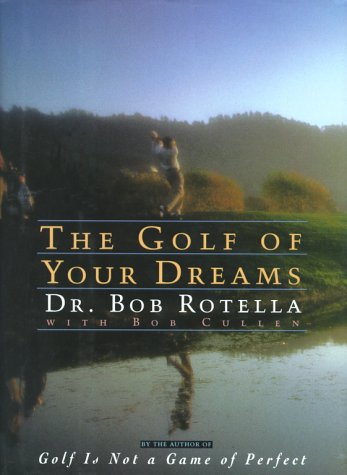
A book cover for The Golf of Your Dreams; Dr. Bob Rotella; Sports & Outdoors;